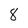
Character: 8